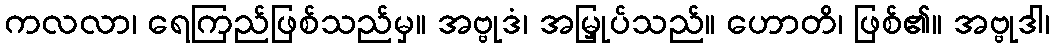
ကလလာ၊ ရေကြည်ဖြစ်သည်မှ။ အဗ္ဗုဒံ၊ အမြှုပ်သည်။ ဟောတိ၊ ဖြစ်၏။ အဗ္ဗုဒါ၊